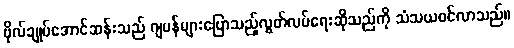
ဗိုလ်ချုပ်အောင်ဆန်းသည် ဂျပန်များပြောသည့်လွတ်လပ်ရေးဆိုသည်ကို သံသယဝင်လာသည်။